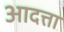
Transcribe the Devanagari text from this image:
आदत्ता